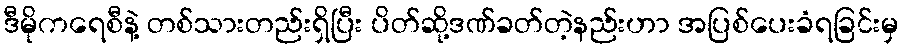
ဒီမိုကရေစီနဲ့ တစ်သားတည်းရှိပြီး ပိတ်ဆို့ဒဏ်ခတ်တဲ့နည်းဟာ အပြစ်ပေးခံရခြင်းမှ